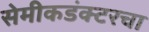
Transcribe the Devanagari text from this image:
सेमीकडंक्टरचा